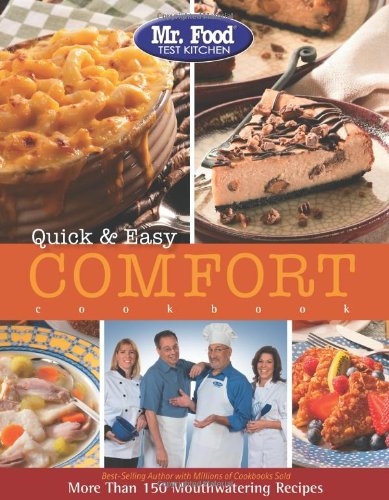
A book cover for Mr. Food Test Kitchen Quick & Easy Comfort Cookbook: More Than 150 Mouthwatering Recipes; Mr. Food Test Kitchen; Cookbooks, Food & Wine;